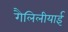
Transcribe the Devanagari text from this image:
गैलिलीयाई